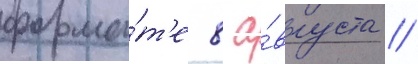
форма́т'е 8 а́вгуста //